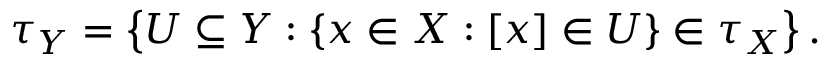
\tau _ { Y } = \left\{ U \subseteq Y : \{ x \in X : [ x ] \in U \} \in \tau _ { X } \right\} .